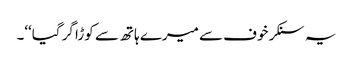
یہ سنکر خوف سے میرے ہاتھ سے کوڑا گر گیا‘‘۔